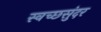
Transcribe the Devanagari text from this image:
स्वच्छसुंदर